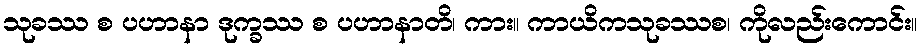
သုခဿ စ ပဟာနာ ဒုက္ခဿ စ ပဟာနာတိ၊ ကား။ ကာယိကသုခဿစ၊ ကိုလည်းကောင်း။